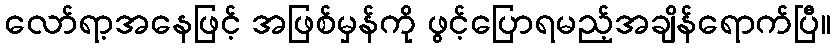
လော်ရာ့အနေဖြင့် အဖြစ်မှန်ကို ဖွင့်ပြောရမည့်အချိန်ရောက်ပြီ။